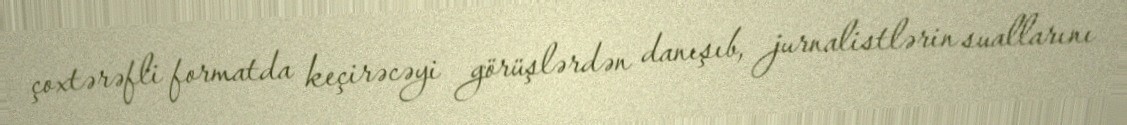
çoxtərəfli formatda keçirəcəyi görüşlərdən danışıb, jurnalistlərin suallarını